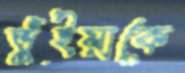
ভুঁইয়াকে